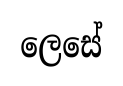
ලෙසේ